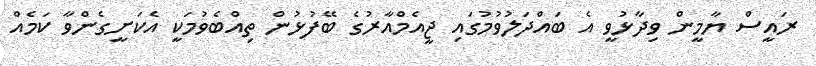
ރައީސް ޔާމީން ވިދާޅުވީ އެ ބައްދަލުވުމުގައި ޖީއެމްއާރުގެ ބޭފުޅުން ތިއްބެވުމަކީ އެކަށީގެންވާ ކަމެއް